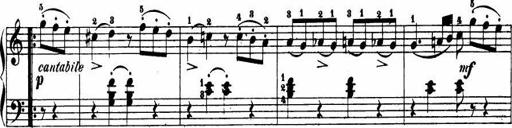
Title: Le bouquetier
Composer: Anton Diabelli
Key: G major
 C major
 F major
 C major